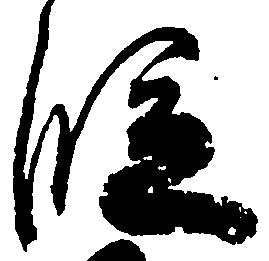
段